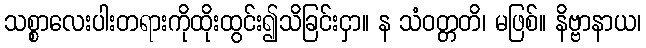
သစ္စာလေးပါးတရားကိုထိုးထွင်း၍သိခြင်းငှာ။ န သံဝတ္တတိ၊ မဖြစ်။ နိဗ္ဗာနာယ၊